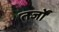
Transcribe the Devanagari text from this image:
तर्जों